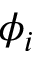
\phi _ { i }